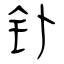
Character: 钋